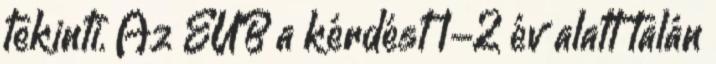
tekinti. Az EUB a kérdést 1-2 év alatt talán